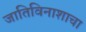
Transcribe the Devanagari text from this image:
जातिविनाशाचा